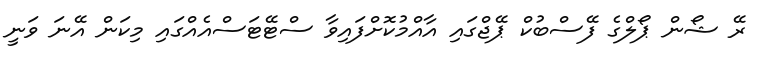
ރޭ ޝޯން ޕޯލްގެ ފޭސްބުކް ޕޭޖްގައި އާއްމުކޮށްފައިވާ ސްޓޭޓަސްއެއްގައި މިކަން އޭނަ ވަނީ